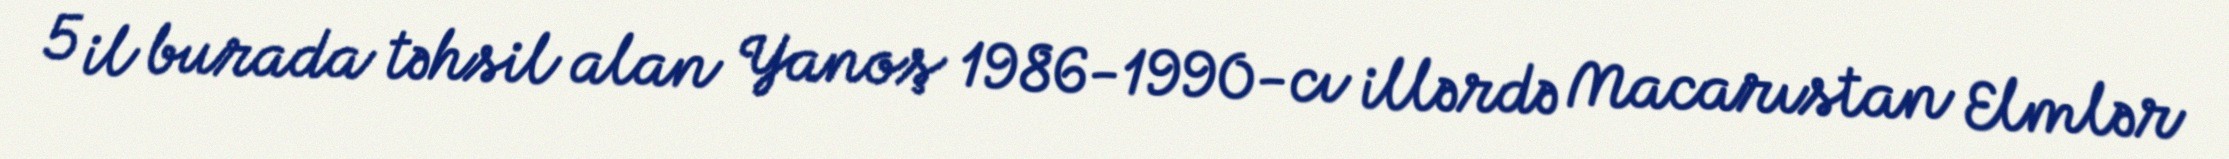
5 il burada təhsil alan Yanoş 1986-1990-cı illərdə Macarıstan Elmlər